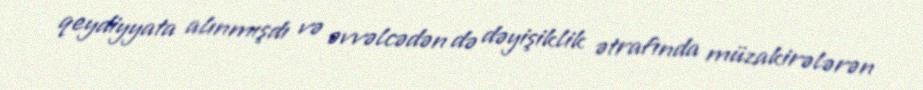
qeydiyyata alınmışdı və əvvəlcədən də dəyişiklik ətrafında müzakirələrən